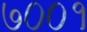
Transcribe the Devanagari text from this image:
७००१